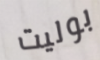
بوليت